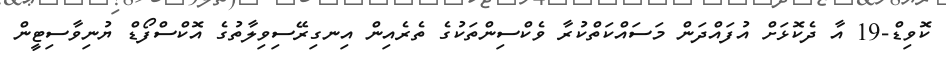
ކޮވިޑް-19 އާ ދެކޮޅަށް އުފައްދަން މަސައްކަތްކުރާ ވެކްސިންތަކުގެ ތެރެއިން އިނގިރޭސިވިލާތުގެ އޮކްސްފޯޑް ޔުނިވާސިޓީން